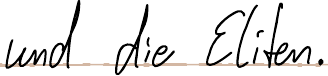
und die Eliten.